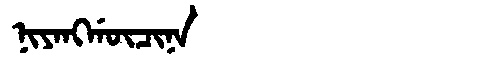
Manchu: ᠨᡳᠶᠠᠩᡤᡡᠴᡳᠨᠠ
Romanization: NIYANGGŪCINA